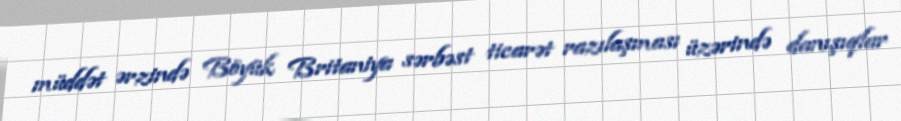
müddət ərzində Böyük Britaniya sərbəst ticarət razılaşması üzərində danışıqlar